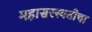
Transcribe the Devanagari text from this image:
महासरस्वतीचा